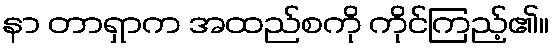
နာ တာရှာက အထည်စကို ကိုင်ကြည့်၏။